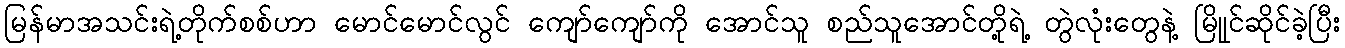
မြန်မာအသင်းရဲ့တိုက်စစ်ဟာ မောင်မောင်လွင် ကျော်ကျော်ကို အောင်သူ စည်သူအောင်တို့ရဲ့ တွဲလုံးတွေနဲ့ မြိုုင်ဆိုင်ခဲ့ပြီး